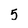
Character: 5